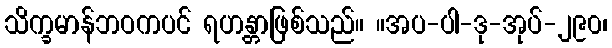
သိက္ခမာန်ဘဝကပင် ရဟန္တာဖြစ်သည်။ ။အပ-ပါ-ဒု-အုပ်-၂၉၀၊